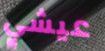
عيشي